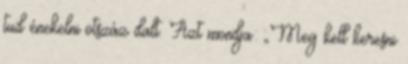
tud énekelni ötszáz dalt. Azt mondja: „Meg kell keresni